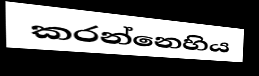
කරන්නෙහිය